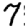
Digit: 7